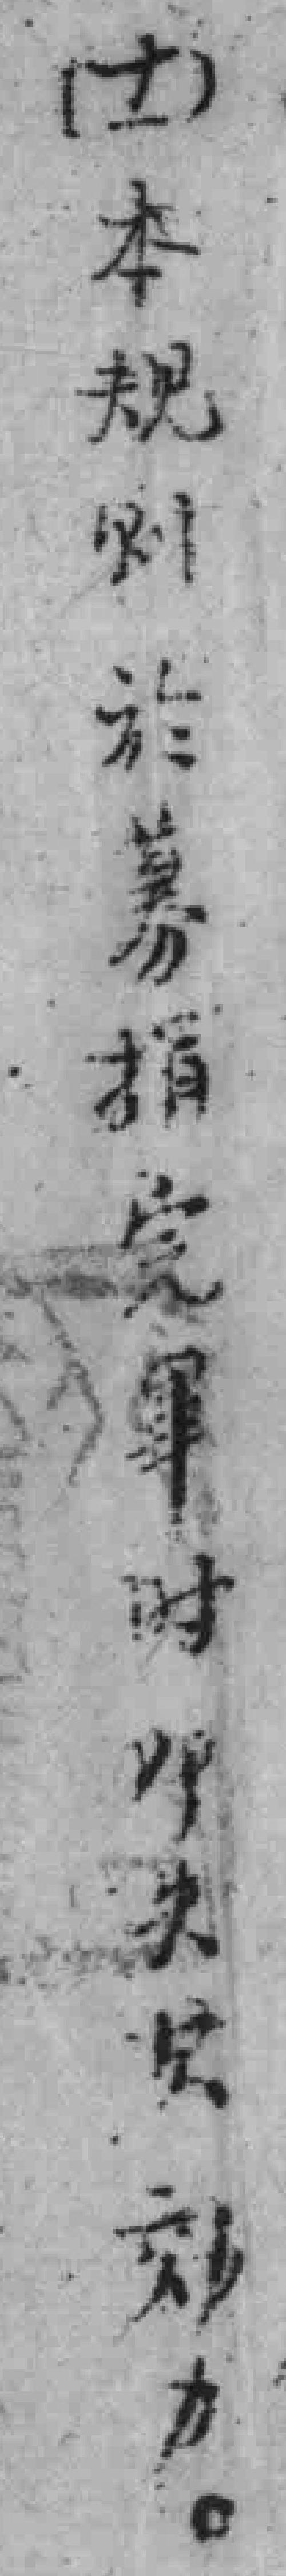
(十一)本规则於募捐完畢时即失*效力。